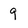
Character: 9